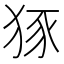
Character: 𤞱